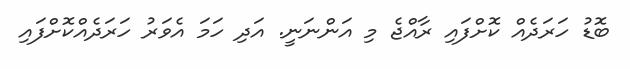
ބޮޑު ހަރަދެއް ކޮށްފައި ރާއްޖެ މި އަންނަނީ. އަދި ހަމަ އެވަރު ހަރަދެއްކޮށްފައި